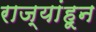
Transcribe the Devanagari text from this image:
राज्यांहून